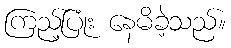
ကြည့်ပြုံး နေမိခဲ့သည်။